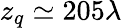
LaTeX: z_{q}\simeq 205\lambda